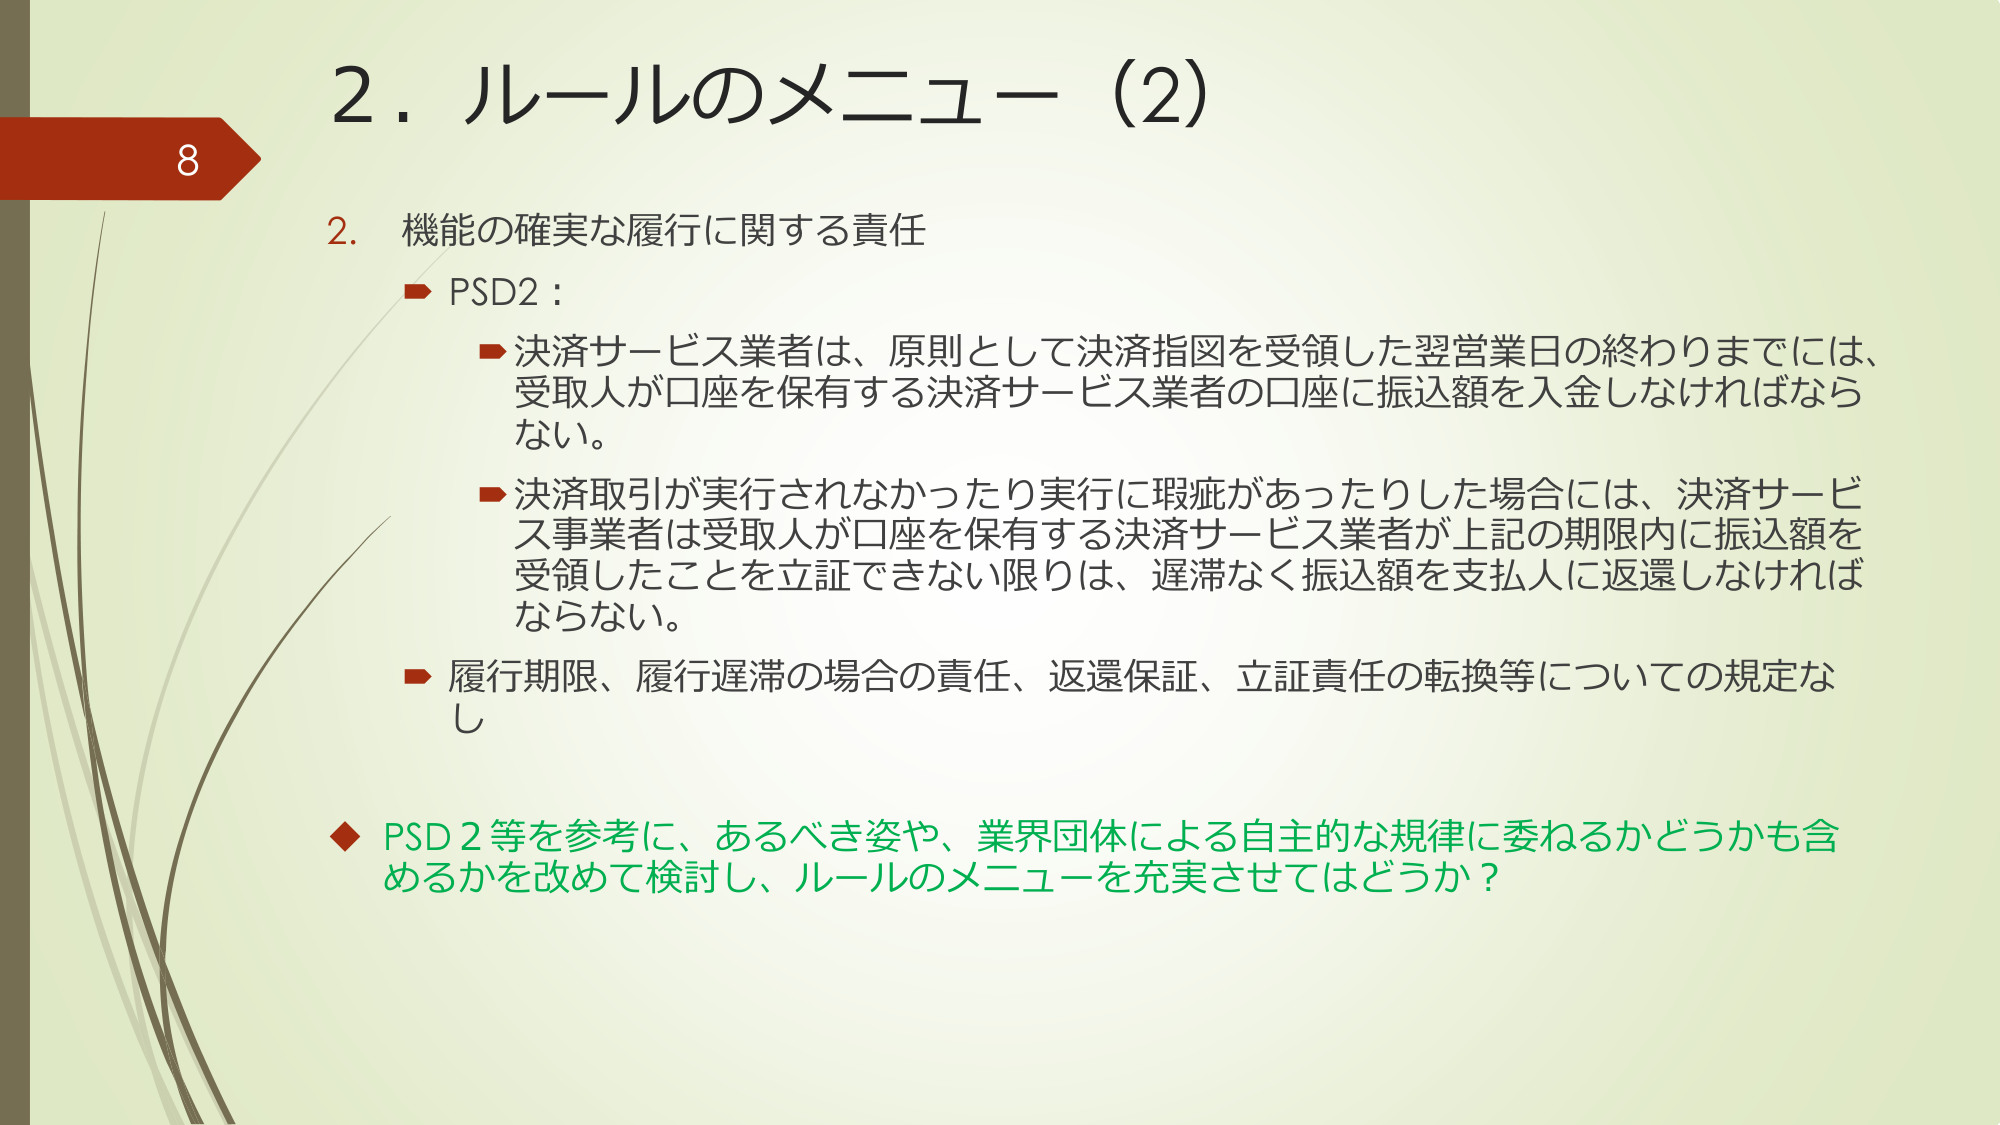
2．ルールのメニュー（2）

8

2．機能の確実な履行に関する責任

→ PSD2：

→ 決済サービス業者は、原則として決済指図を受領した翌営業日の終わりまでには、受取人が口座を保有する決済サービス業者の口座に振込額を入金しなければならない。

→ 決済取引が実行されなかったり実行に瑕疵があったりした場合には、決済サービス事業者は受取人が口座を保有する決済サービス業者が上記の期限内に振込額を受領したことを立証できない限りは、遅滞なく振込額を支払人に返還しなければならない。

→ 履行期限、履行遅滞の場合の責任、返還保証、立証責任の転換等についての規定なし

◆ PSD2等を参考に、あるべき姿や、業界団体による自主的な規律に委ねるかどうかも含めるかを改めて検討し、ルールのメニューを充実させてはどうか？